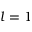
{ l = 1 }